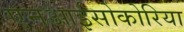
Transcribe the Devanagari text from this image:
एनआईसोकोरिया